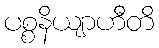
ပစ္စနိယျာဟီတိ